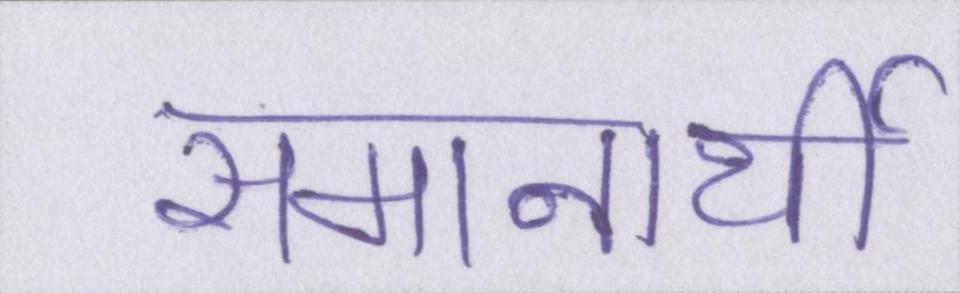
समानार्थी